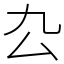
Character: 厹